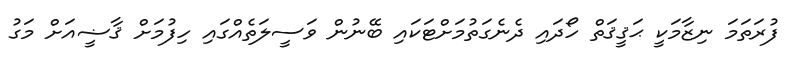
ފުރަތަމަ ނިޒާމަކީ ޙަޤީޤަތް ހޯދައި ދެނެގަތުމަށްޓަކައި ބޭނުން ވަސީލަތެއްގައި ހިފުމަށް ޤާޟީއަށް މަގު